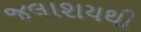
જલાશયથી